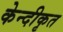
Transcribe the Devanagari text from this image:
केन्दीकृत